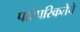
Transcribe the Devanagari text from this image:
पारंपरिकतेचे